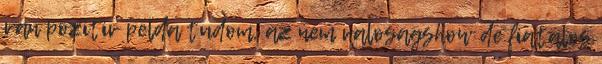
van pozitiv pelda tudom, az nem valosagshow de fiatalos